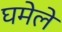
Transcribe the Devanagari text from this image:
घमेले